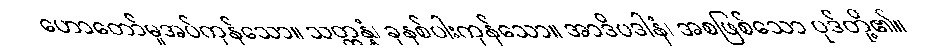
ဟောတော်မူအပ်ကုန်သော။ သတ္တန္နံ၊ ခုနစ်ပါးကုန်သော။ အာဒိပဒါနံ၊ အစဖြစ်သော ပုဒ်တို့၏။